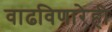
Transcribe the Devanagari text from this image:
वाढविणारेही